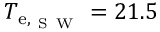
T _ { { \mathrm { e } , _ { \mathrm { ~ S ~ W ~ } } } } = 2 1 . 5